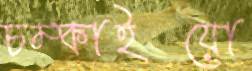
চম্‌কাইয়ো